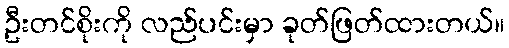
ဦးတင်စိုးကို လည်ပင်းမှာ ခုတ်ဖြတ်ထားတယ်။